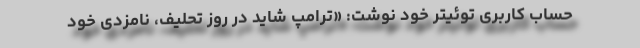
حساب کاربری توئیتر خود نوشت: «ترامپ شاید در روز تحلیف، نامزدی خود